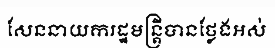
សែននាយករដ្ឋមន្ត្រីបានថ្លែងអស់